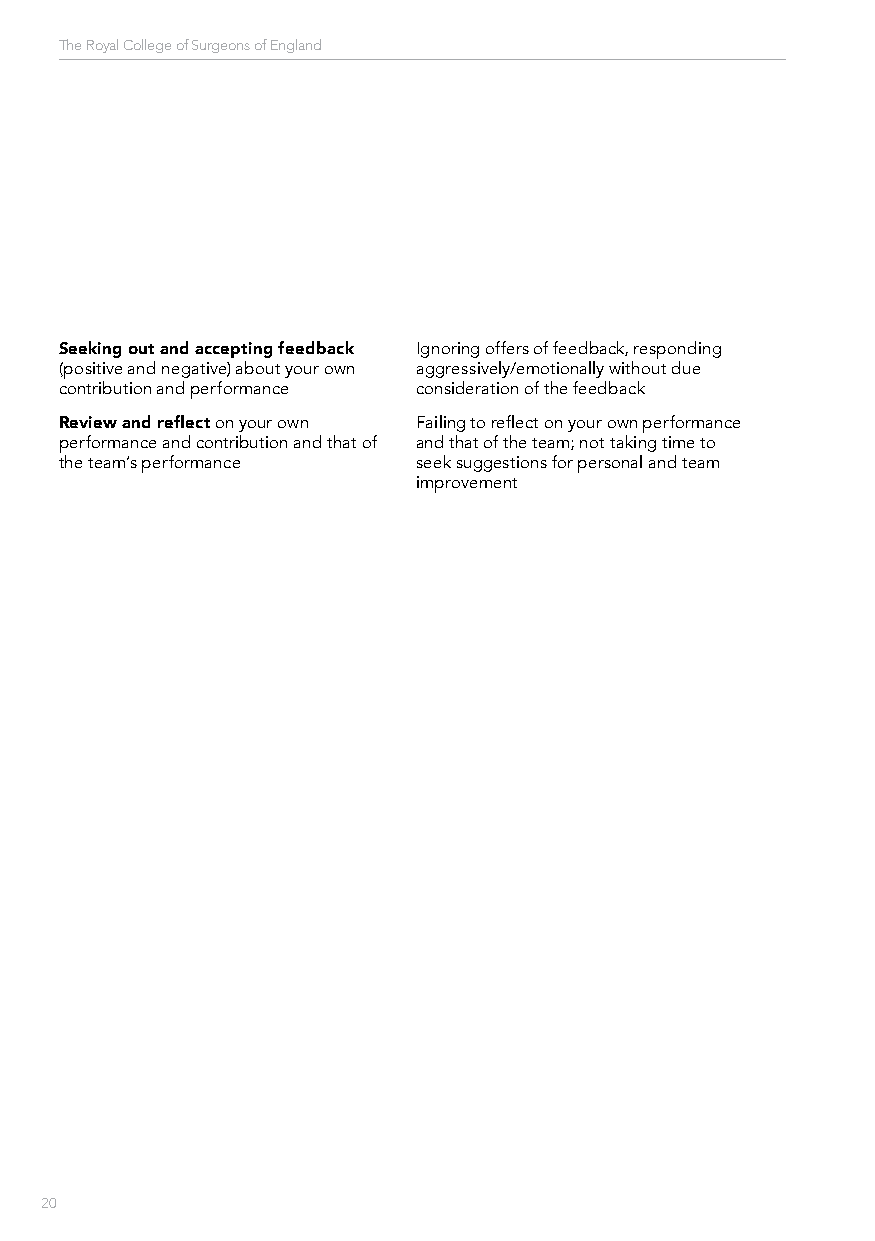
The Royal College of Surgeons of England
 Seeking out and accepting feedback Ignoring offers of feedback, responding
 (positive and negative) about your own aggressively/emotionally without due
 contribution and performance consideration of the feedback
 Review and reflect on your own Failing to reflect on your own performance
 performance and contribution and that of and that of the team; not taking time to
 the team’s performance  seek suggestions for personal and team
 improvement
 20